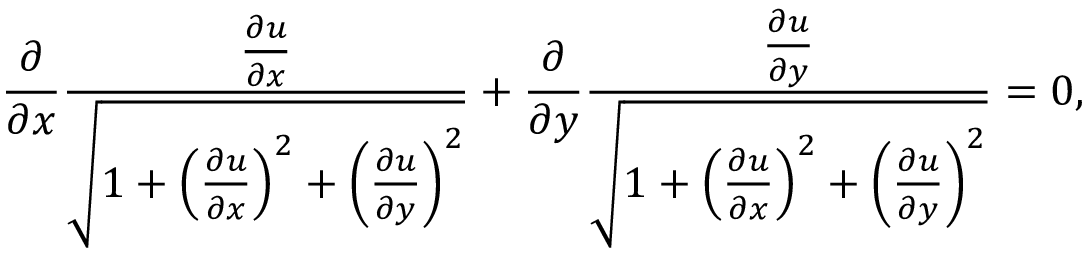
{ \frac { \partial } { \partial x } } { \frac { \frac { \partial u } { \partial x } } { \sqrt { 1 + \left( { \frac { \partial u } { \partial x } } \right) ^ { 2 } + \left( { \frac { \partial u } { \partial y } } \right) ^ { 2 } } } } + { \frac { \partial } { \partial y } } { \frac { \frac { \partial u } { \partial y } } { \sqrt { 1 + \left( { \frac { \partial u } { \partial x } } \right) ^ { 2 } + \left( { \frac { \partial u } { \partial y } } \right) ^ { 2 } } } } = 0 ,